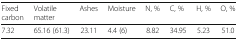
| Fixed carbon | Volatile matter | Ashes | Moisture | N, % | C, % | H, % | O, % |
 | --- | --- | --- | --- | --- | --- | --- | --- |
 | 7.32 | 65.16 (61.3) | 23.11 | 4.4 (6) | 8.82 | 34.95 | 5.23 | 51.0 |